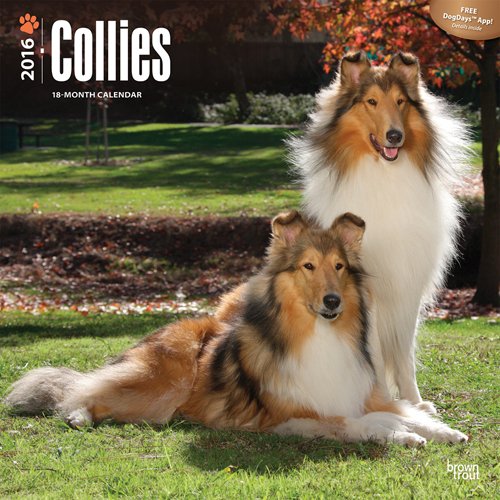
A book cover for Collies 2016 Square 12x12; Browntrout Publishers; Calendars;